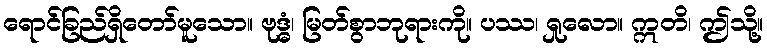
ရောင်ခြည်ရှိတော်မူသော။ ဗုဒ္ဓံ၊ မြတ်စွာဘုရားကို။ ပဿ၊ ရှုလော။ ဣတိ၊ ဤသို့။